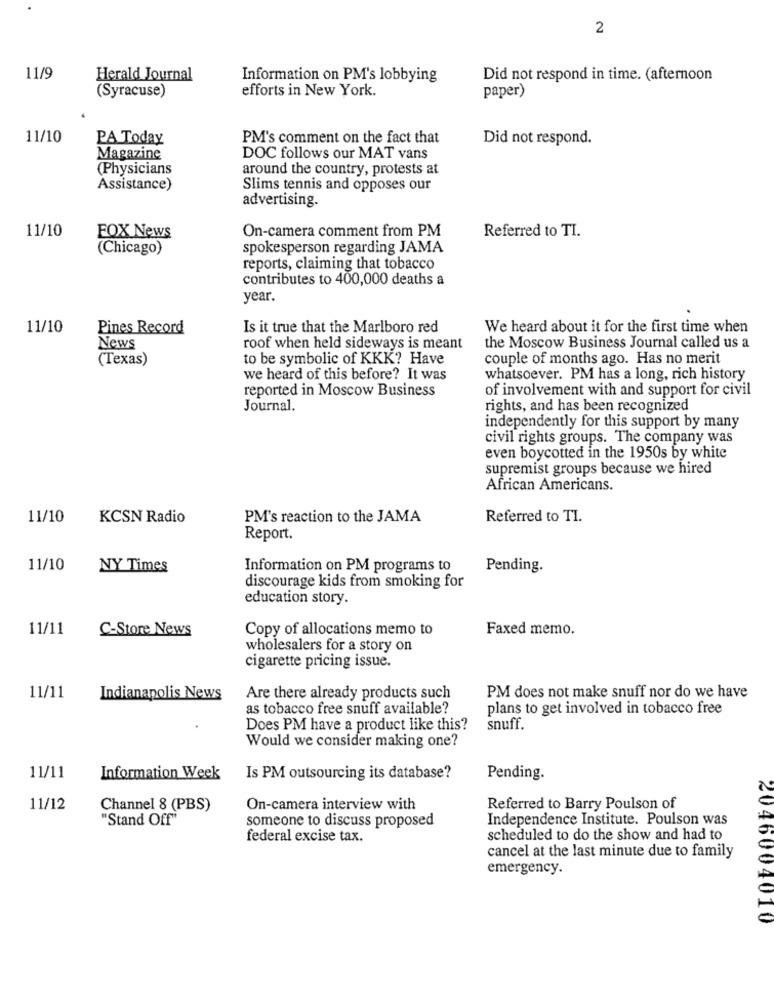
2
11/9
Herald Journal
Information on PM's lobbying
Did not respond in time. (afternoon
(Syracuse)
efforts in New York.
paper)
11/10
PA Today
PM's comment on the fact that
Did not respond.
Magazine
DOC follows our MAT vans
(Physicians
around the country, protests at
Assistance)
Slims tennis and opposes our
advertising.
11/10
On-camera comment from PM
Referred to TI.
FOX News
(Chicago)
spokesperson regarding JAMA
reports, claiming that tobacco
contributes to 400,000 deaths a
year.
11/10
Pines Record
Is it true that the Marlboro red
We heard about it for the first time when
News
roof when held sideways is meant
the Moscow Business Journal called us a
(Texas)
to be symbolic of KKK? Have
couple of months ago. Has no merit
we heard of this before? It was
whatsoever. PM has a long, rich history
reported in Moscow Business
of involvement with and support for civil
Journal.
rights, and has been recognized
independently for this support by many
civil rights groups. The company was
even boycotted in the 1950s by white
supremist groups because we hired
African Americans.
11/10
KCSN Radio
PM's reaction to the JAMA
Referred to TI.
Report.
11/10
NY Times
Information on PM programs to
Pending.
discourage kids from smoking for
education story.
11/11
C-Store News
Copy of allocations memo to
Faxed memo.
wholesalers for a story on
cigarette pricing issue.
11/11
Indianapolis News
Are there already products such
PM does not make snuff nor do we have
as tobacco free snuff available?
plans to get involved in tobacco free
Does PM have a product like this?
snuff.
Would we consider making one?
11/11
Information Week
Is PM outsourcing its database?
Pending.
11/12
Channel 8 (PBS)
On-camera interview with
Referred to Barry Poulson of
"Stand Off"
Independence Institute. Poulson was
someone to discuss proposed
federal excise tax.
scheduled to do the show and had to
cancel at the last minute due to family
emergency.
2046004010